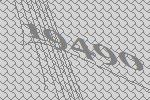
19490